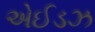
એઈડઝ